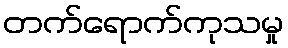
တက်ရောက်ကုသမှု